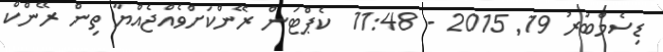
ޑިސެމްބަރު 19